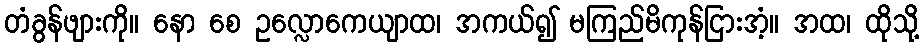
တံခွန်ဖျားကို။ နော စေ ဥလ္လောကေယျာထ၊ အကယ်၍ မကြည်မိကုန်ငြားအံ့။ အထ၊ ထိုသို့